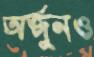
অর্জুনও